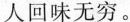
人回味无穷。